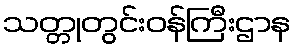
သတ္တုတွင်းဝန်ကြီးဌာန